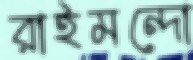
রাইমন্দো